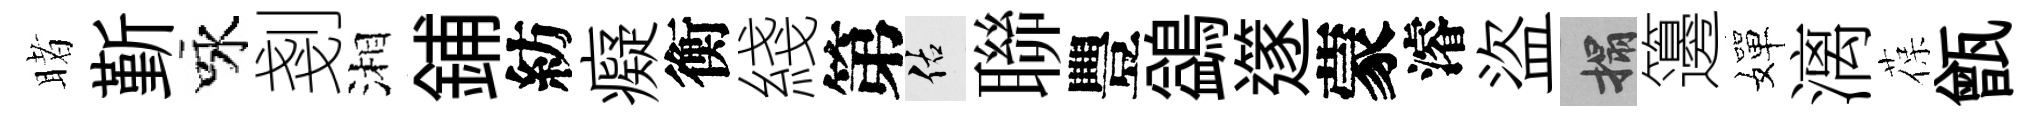
睹斳咏剗湘鋪紡癡衡綫第佑聯豐鷁𨗹蒙濬盜搨籩嬋漓葆甑